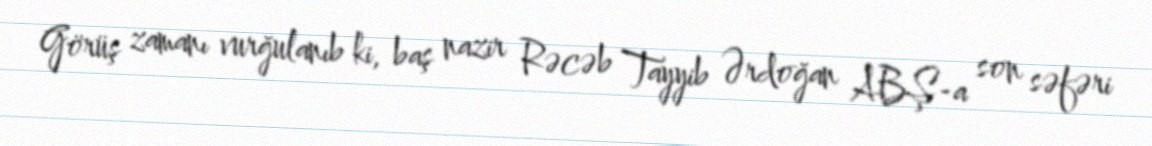
Görüş zamanı vurğulanıb ki, baş nazir Rəcəb Tayyib Ərdoğan ABŞ-a son səfəri